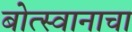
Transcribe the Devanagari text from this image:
बोत्स्वानाचा